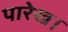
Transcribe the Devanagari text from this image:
पारेख।